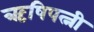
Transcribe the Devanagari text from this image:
ऋषिपत्नी